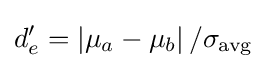
d'_{e}=\left\vert \mu _{a}-\mu _{b}\right\vert /\sigma _{\text{avg}}